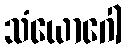
သံယောဂေါ